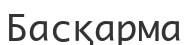
Басқарма